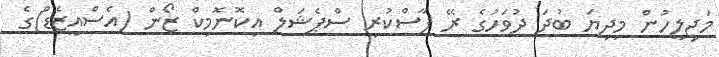
މަޖިލީހުން މިދިޔަ ބުދަ ދުވަހުގެ ރޭ ފާސްކުރި ސްޕެޝަލް އިކޮނޮމިކް ޒޯން (އެސްއީޒެޑް)ގެ